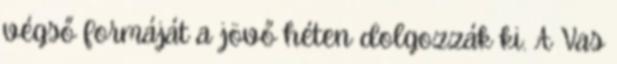
végső formáját a jövő héten dolgozzák ki. A Vas